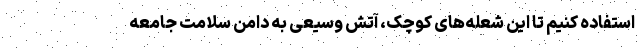
استفاده کنیم تا این شعله‌های کوچک، آتش وسیعی به دامن سلامت جامعه